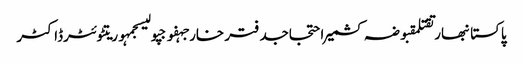
پاکستانبھارتقتلمقبوضہ کشمیراحتجاجدفتر خارجہفوجپولیسجمہوریتٹوئٹرڈاکٹر